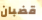
قضبان